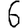
Digit: 6